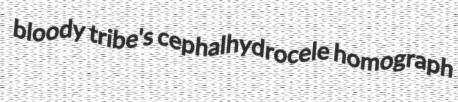
bloody tribe's cephalhydrocele homograph